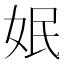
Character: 姄